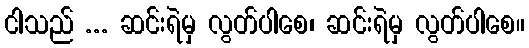
ငါသည် ... ဆင်းရဲမှ လွတ်ပါစေ၊ ဆင်းရဲမှ လွတ်ပါစေ။